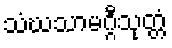
သံဃသာမဂ္ဂီသုတ္တံ